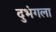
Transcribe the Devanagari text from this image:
दुभंगला